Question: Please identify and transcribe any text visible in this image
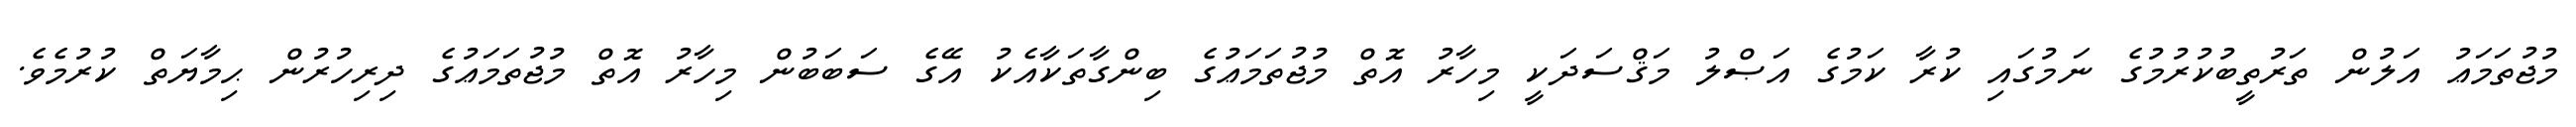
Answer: މުޖުތަމަޢު އަލުން ތަރުތީބުކުރުމުގެ ނަމުގައި ކުރާ ކަމުގެ އަޞްލު މަޤްސަދަކީ މިހާރު އޮތް މުޖުތަމަޢުގެ ބިންގާތަކާއެކު އޭގެ ސަބަބުން މިހާރު އޮތް މުޖުތަމަޢުގެ ދިރިހުރުން ޙިމާޔަތް ކުރުމެވެ.